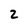
Character: 2